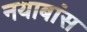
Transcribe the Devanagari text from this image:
नयाबांस